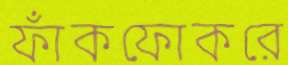
ফাঁকফোকরে